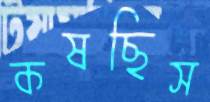
কষছিস